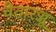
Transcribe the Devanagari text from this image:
चेतारज्जू